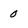
Character: 0